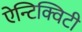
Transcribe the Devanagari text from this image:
ऐन्टिक्विटी